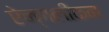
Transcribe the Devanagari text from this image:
ऐन्गलीकन